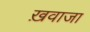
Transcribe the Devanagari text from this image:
ख़वाजा